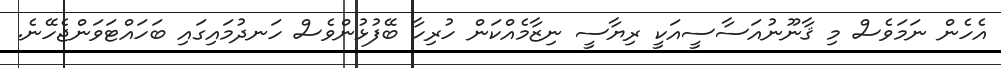
އެހެން ނަމަވެސް މި ޤާނޫނުއަސާސީއަކީ ރިޔާސީ ނިޒާމެއްކަން ހުރިހާ ބޭފުޅުންވެސް ހަނދުމައިގައި ބަހައްޓަވަންޖެހޭނެ.